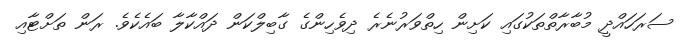
ސަރަހައްދީ މުބާރާތްތަކުގައި ކަށިން ހިތްވަރުނެރެ ދިވެހިންގެ ގާބިލްކަން ދައްކާލާ ބައެކެވެ. ރަން ތަށްޓާއި